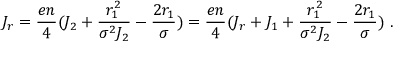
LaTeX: J _ { r } = { \frac { e n } { 4 } } ( J _ { 2 } + { \frac { r _ { 1 } ^ { 2 } } { \sigma ^ { 2 } J _ { 2 } } } - { \frac { 2 r _ { 1 } } { \sigma } } ) = { \frac { e n } { 4 } } ( J _ { r } + J _ { 1 } + { \frac { r _ { 1 } ^ { 2 } } { \sigma ^ { 2 } J _ { 2 } } } - { \frac { 2 r _ { 1 } } { \sigma } } ) ~ .